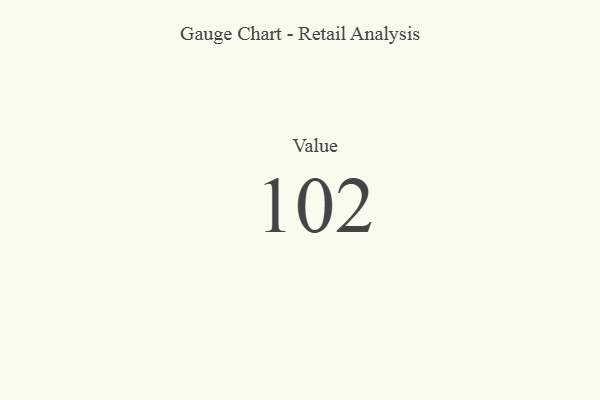
{"axis": {"x": "Metric", "y": "Value"}, "legend": [""], "data": [{"x": "Value", "y": 102, "type": ""}]}